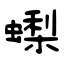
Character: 蟍